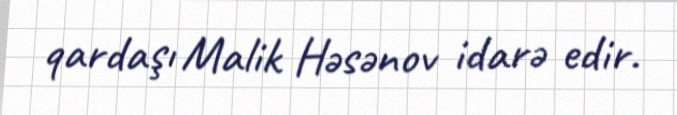
qardaşı Malik Həsənov idarə edir.